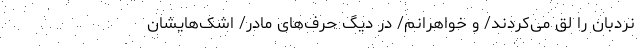
نردبان را لق می‌کردند/ و خواهرانم/ در دیگ حرف‌های مادر/ اشک‌هایشان